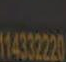
recitera